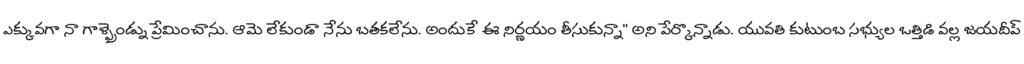
ఎక్కువగా నా గాళ్ఫ్రెండ్ను ప్రేమించాను. ఆమె లేకుండా నేను బతకలేను. అందుకే ఈ నిర్ణయం తీసుకున్నా" అని పేర్కొన్నాడు. యువతి కుటుంబ సభ్యుల ఒత్తిడి వల్ల జయదీప్